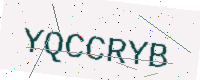
Text: YQCCRYB